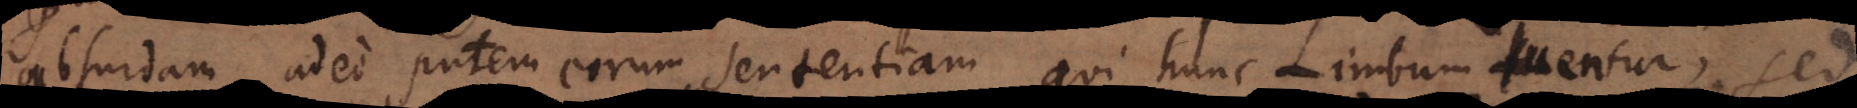
absurdam adeo putem eorum sententiam qui hunc Limbum tuentur, sed